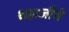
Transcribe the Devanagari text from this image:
शहाजीचे